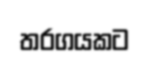
තරගයකට